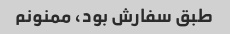
طبق سفارش بود، ممنونم